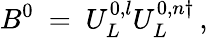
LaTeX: B^{0}\ =\ U_{L}^{0,l}U_{L}^{0,n\dagger}\, ,